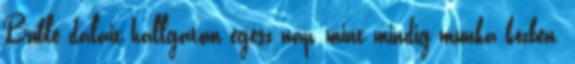
Bublé dalait hallgatom egész nap, mint mindig munka közben.